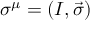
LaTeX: \sigma ^ { \mu } = ( I , { \vec { \sigma } } )